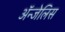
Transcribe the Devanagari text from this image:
ॲन्जेलिस